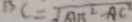
B C = \sqrt { A B ^ { 2 } - A C ^ { 2 } }